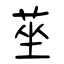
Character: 莝